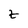
Character: z